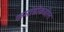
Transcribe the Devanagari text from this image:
कमांडोंकडील